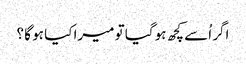
اگر اُسے کچھ ہو گیا تو میرا کیا ہو گا ؟